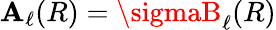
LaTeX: \mathbf{A}_{\ell}(R)=\sigmaB_{\ell}(R)